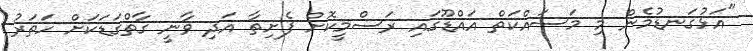
"އަޅުގަނޑުމެން މި މަސައްކަތް އައްޑޫގައި ރަސްމީކޮށް ފެށިތާ އަދި ވާނީ ގާތްގަޑަކަށް ހަތަރު